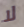
لا